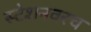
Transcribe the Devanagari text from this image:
स्टेशनवरच